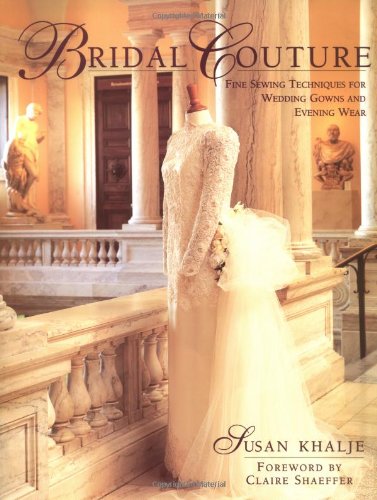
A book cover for Bridal Couture: Fine Sewing Techniques for Wedding Gowns and Evening Wear; Susan Khalje; Crafts, Hobbies & Home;